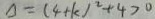
\Delta = ( 4 + k ) ^ { 2 } + 4 > 0